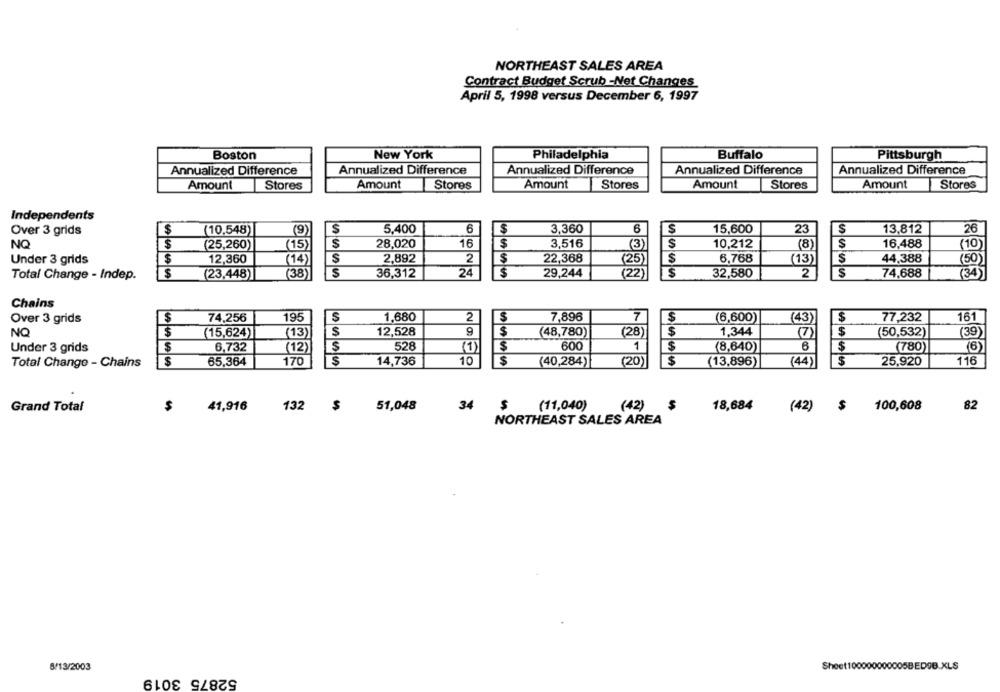
NORTHEAST SALES AREA
Contract Budget Scrub -Net Changes
April 5, 1998 versus December 6, 1997
Boston
New York
Philadelphia
Buffalo
Pittsburgh
Annualized Difference
Annualized Difference
Annualized Difference
Annualized Difference
Annualized Difference
Amount
Stores
Amount
Stores
Amount
Stores
Amount
Stores
Amount
Stores
Independents
S
5,400
6
3,360
6
S
15,600
23
Over 3 grids
$
(10,548)
(9)
$
$
13,812
26
NO
$
(25,260)
(15)
S
28,020
16
$
3,516
(3)
S
10,212
(8)
16.488
(10)
Under 3 grids
$
12,360
(14)
S
2,892
2
$
22,368
(25)
$
6,768
(13)
$
44,388
(50)
Total Change - Indep.
$
(23,448)]
(38)
S
36,312
24
$
29,244
(22)
$
32,580
2
s
74,688
(34)
Chains
$
74,256
195
S
1,680
2
7,896
7
$
S
77,232
161
Over 3 grids
(6,600)
(43)
$
S
12,528
$
(28)
1,344
$
(50,532)
(39)
NO
(15,624)
(13)
(48,780)
(7)
S
528
600
1
$
6
Under 3 grids
S
6,732
(12)
(1)
(8,640)]
(780)
(6)
S
10
$
116
Total Change - Chains
65,364
170
14,736
$
(40,284)
(20)
$
(13,896)
(44)
25,920
Grand Total
41,916
132
51,048
34
$
(11,040)
(42)
18,684
(42) $
100,608
82
NORTHEAST SALES AREA
8/13/2003
52875 3019